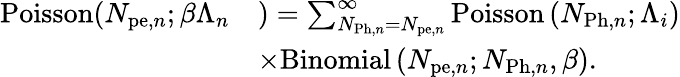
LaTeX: \begin{array}{rl}{\mathrm{Poisson}(N_{\mathrm{pe},n};\beta\Lambda_{n}}&{)=\sum_{N_{\mathrm{Ph},n}=N_{\mathrm{pe},n}}^{\infty}\mathrm{Poisson}\left(N_{\mathrm{Ph},n};\Lambda_{i}\right)}\\ &{\times\mathrm{Binomial}\left(N_{\mathrm{pe},n};N_{\mathrm{Ph},n},\beta\right).}\end{array}